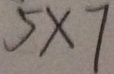
5 \times 7